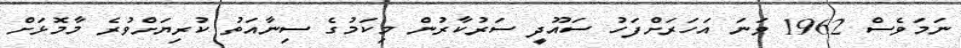
ނަމަވެސް 1962 ވަނަ އަހަރަށްފަހު ސައޫދީ ސަރުކާރުން މިކަމުގެ ސިނާއަތު ކުރިޔަށްވުރެ މާމޮޅަށް